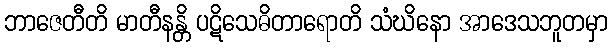
ဘာဇေတီတိ မာတီနန္တိ ပဋိသေဓိတာရောတိ သံဃိနော အာဒေသဘူတမှာ